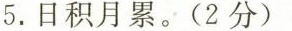
5.日积月累。(2分)